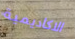
الاكاديمية